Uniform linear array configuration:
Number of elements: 48
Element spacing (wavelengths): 0.5
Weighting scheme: blackman
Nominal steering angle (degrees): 30
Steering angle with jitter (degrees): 31.487
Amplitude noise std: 0.05
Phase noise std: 0.05

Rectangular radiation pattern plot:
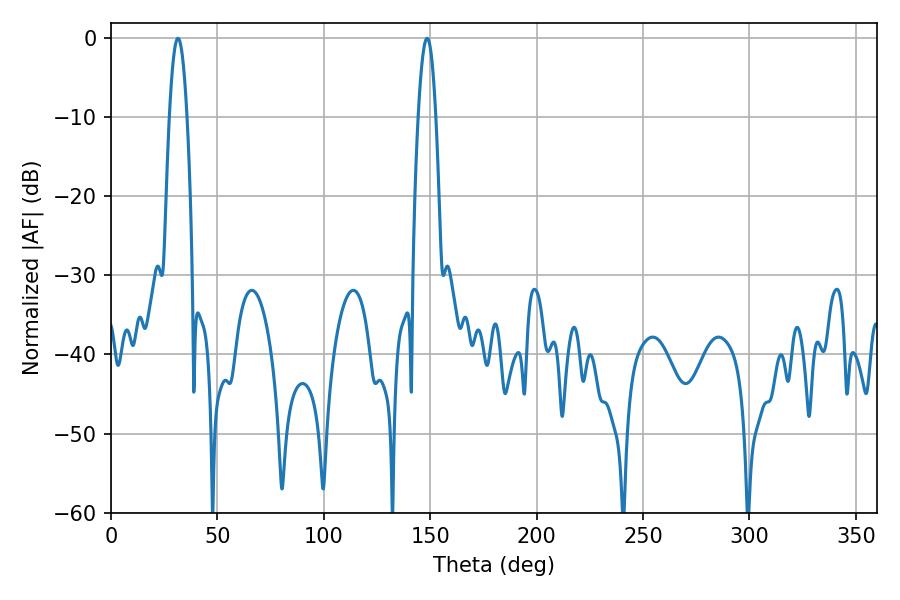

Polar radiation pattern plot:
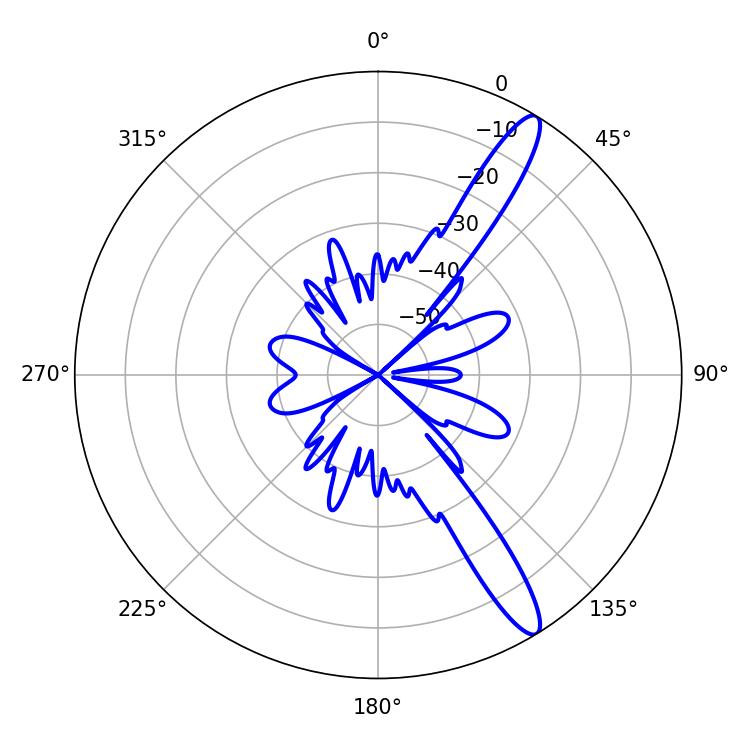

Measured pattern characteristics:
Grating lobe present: FALSE
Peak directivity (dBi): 13.459
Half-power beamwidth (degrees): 4.68
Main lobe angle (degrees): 31.5